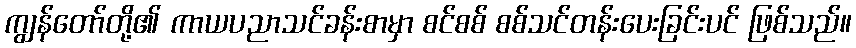
ကျွန်တော်တို့၏ ကာယပညာသင်ခန်းစာမှာ စင်စစ် စစ်သင်တန်းပေးခြင်းပင် ဖြစ်သည်။